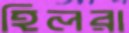
হিলরা